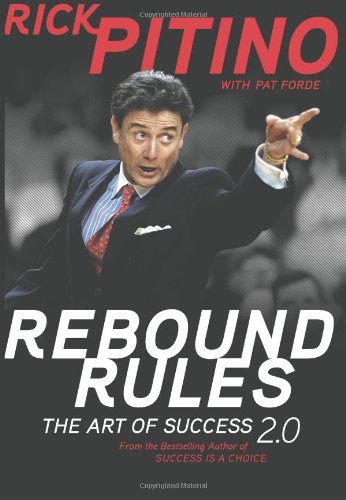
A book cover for Rebound Rules: The Art of Success 2.0; Rick Pitino; Sports & Outdoors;